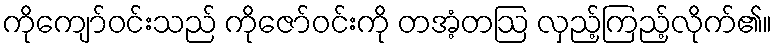
ကိုကျော်ဝင်းသည် ကိုဇော်ဝင်းကို တအံ့တဩ လှည့်ကြည့်လိုက်၏။